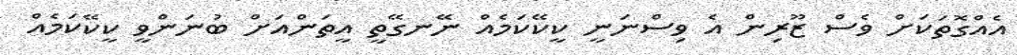
އެއްގޮތަކަށް ވެސް ޒޫރިން އެ ވިސްނަނީ ކީކޭކަމެއް ނޭނގޭތީ އީތަންއަށް ބުނަންވީ ކީކޭކަމެއް